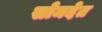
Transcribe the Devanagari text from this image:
सोमदेत